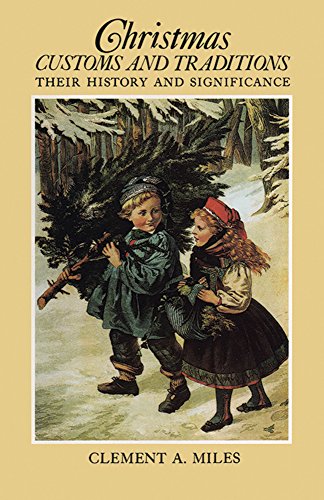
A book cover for Christmas Customs and Traditions; Clement A. Miles; Politics & Social Sciences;